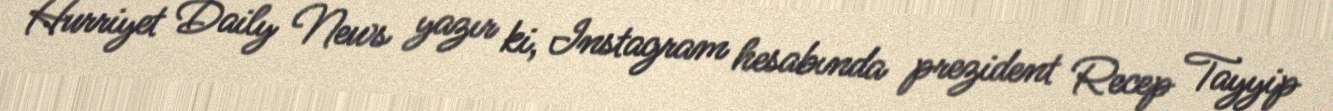
Hurriyet Daily News yazır ki, Instagram hesabında prezident Recep Tayyip